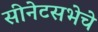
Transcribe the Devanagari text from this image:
सीनेटसभेचे